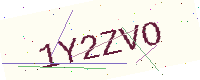
Text: 1Y2ZVO